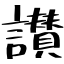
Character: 讃